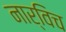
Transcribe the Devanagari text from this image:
नार्विच